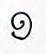
១